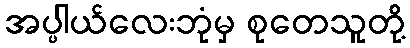
အပ္ပါယ်လေးဘုံမှ စုတေသူတို့